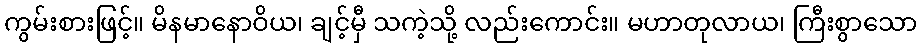
ကွမ်းစားဖြင့်။ မိနမာနောဝိယ၊ ချင့်မှီ သကဲ့သို့ လည်းကောင်း။ မဟာတုလာယ၊ ကြီးစွာသော